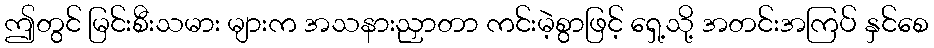
ဤတွင် မြင်းစီးသမား များက အသနားညှာတာ ကင်းမဲ့စွာဖြင့် ရှေ့သို့ အတင်းအကြပ် နှင်စေ